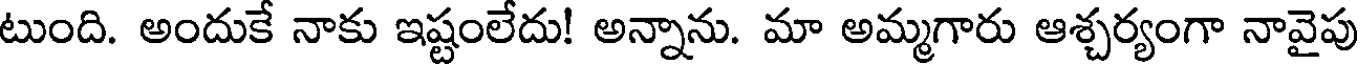
టుంది. అందుకే నాకు ఇష్టంలేదు! అన్నాను. మా అమ్మగారు ఆశ్చర్యంగా నావైపు